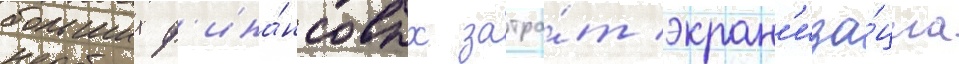
больших ф'ина́нсовых затра́т экран'иза́циа